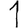
Digit: 1